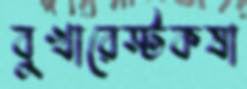
বুখারেস্টকষা